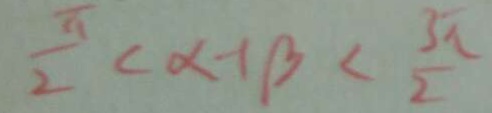
\frac { \pi } { 2 } < \alpha + \beta < \frac { 3 \pi } { 2 }